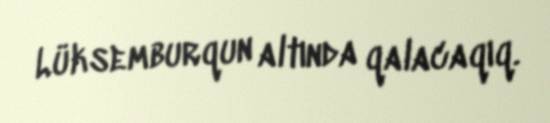
Lüksemburqun altında qalacaqıq.